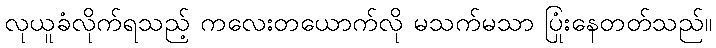
လုယူခံလိုက်ရသည့် ကလေးတယောက်လို မသက်မသာ ပြုံးနေတတ်သည်။